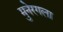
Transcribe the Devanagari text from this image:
मुनेरगला